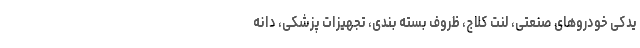
یدکی خودروهای صنعتی، لنت کلاج، ظروف بسته بندی، تجهیزات پزشکی، دانه